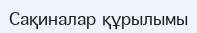
Сақиналар құрылымы